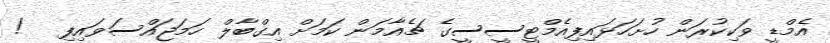
އެމްޑީ ވަކިކުރަން ހުށަހަޅައިފިއެމްޓީސީސީގެ ޗެއާމަން ކަމަށް އިގްބާލް ހަމަޖައްސަވައިފި   !